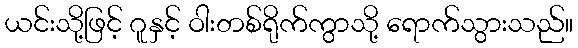
ယင်းသို့ဖြင့် ဂူနှင့် ဝါးတစ်ရိုက်ကွာသို့ ရောက်သွားသည်။